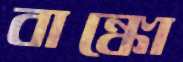
বাঙ্কো